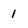
Character: 1